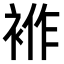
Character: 𧚙